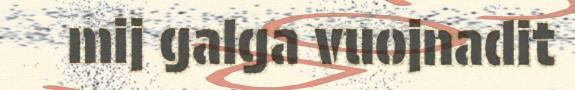
mij galga vuojnadit